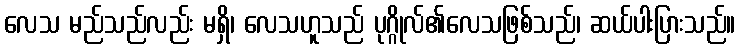
လေသ မည်သည်လည်း မရှိ၊ လေသဟူသည် ပုဂ္ဂိုလ်၏လေသဖြစ်သည်၊ ဆယ်ပါးပြားသည်။